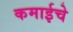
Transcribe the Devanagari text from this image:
कमाईचे